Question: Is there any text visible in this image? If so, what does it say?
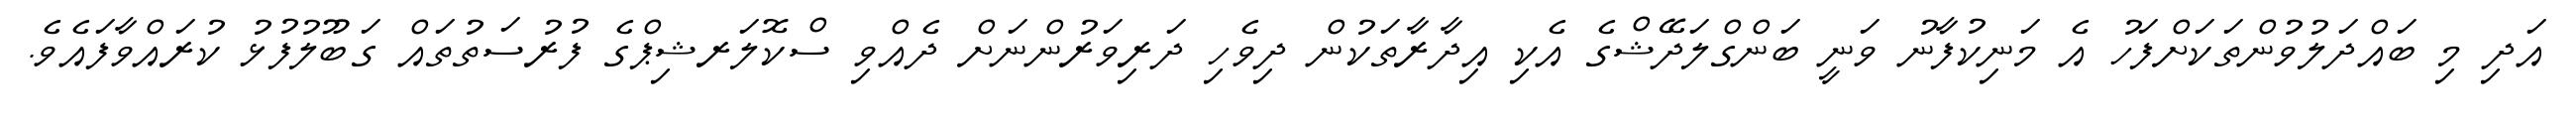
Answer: އަދި މި ބައްދަލުވުންތަކަށްފަހު އެ މަނިކުފާނު ވަނީ ބަންގްލަދޭޝްގެ އެކި އިދާރާތަކުން ދިވެހި ދަރިވަރުންނަށް ދެއްވި ސްކޮލަރޝިޕްގެ ފުރުސަތުތައް ގަބޫލުފުޅު ކުރައްވާފައެވެ.